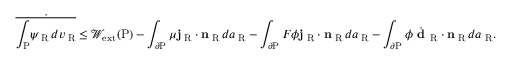
\dot { \overline { { \int _ { \mathrm { P } } \! \psi _ { \mathrm { \tiny ~ R } } \, d v _ { \mathrm { \tiny ~ R } } } } } \le \mathcal { W } _ { \mathrm { e x t } } ( \mathrm { P } ) - \int _ { \partial \mathrm { P } } \mu { \bf j } _ { \mathrm { \tiny ~ R } } \cdot { \bf n } _ { \mathrm { \tiny ~ R } } \, d a _ { \mathrm { \tiny ~ R } } - \int _ { \partial \mathrm { P } } F \phi { \bf j } _ { \mathrm { \tiny ~ R } } \cdot { \bf n } _ { \mathrm { \tiny ~ R } } \, d a _ { \mathrm { \tiny ~ R } } - \int _ { \partial \mathrm { P } } \phi \dot { \textbf { d } } _ { \mathrm { R } } \cdot { \bf n } _ { \mathrm { \tiny ~ R } } \, d a _ { \mathrm { \tiny ~ R } } .